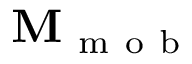
{ \bf M } _ { \mathrm { ~ m ~ o ~ b ~ } }